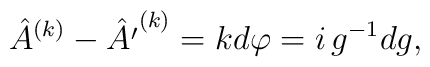
\hat A^{(k)}-\hat{A'}^{(k)}=k{d\varphi}={i}\,g^{-1} d g,